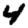
Digit: 4